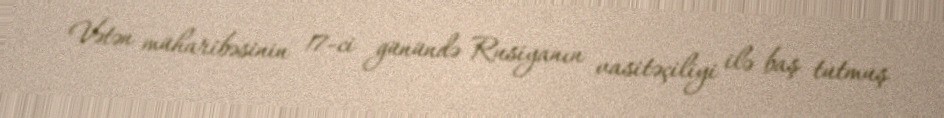
Vətən müharibəsinin 17-ci günündə Rusiyanın vasitəçiliyi ilə baş tutmuş